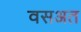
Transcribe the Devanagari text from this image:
वसअत